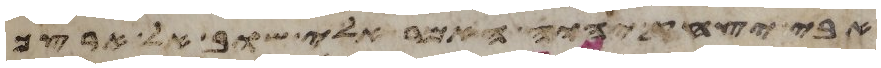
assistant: אבי יצחק יהוה אמר אלי שוב אל ארצך